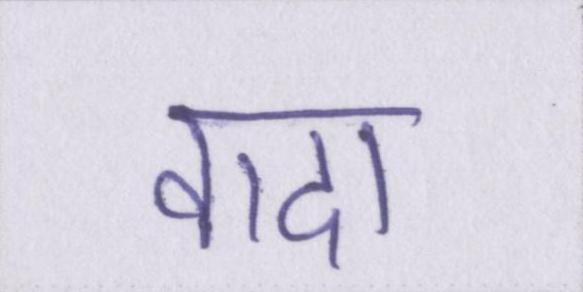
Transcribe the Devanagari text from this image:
वादा